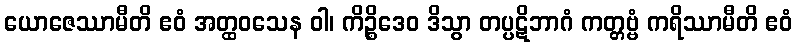
ယောဇေဿာမီတိ ဧဝံ အတ္ထဝသေန ဝါ၊ ကိဉ္စိဒေဝ ဒိသွာ တပ္ပဋိဘာဂံ ကတ္တဗ္ဗံ ကရိဿာမီတိ ဧဝံ